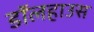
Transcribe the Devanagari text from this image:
डॉलहाउस